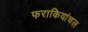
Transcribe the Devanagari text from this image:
फराकियांचल